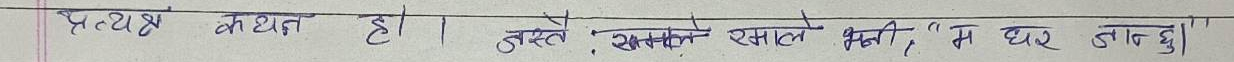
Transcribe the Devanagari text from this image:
प्रत्यक्ष कथन हो । जस्तै : समाले रमाले भनी, "म घर जान्छु।"